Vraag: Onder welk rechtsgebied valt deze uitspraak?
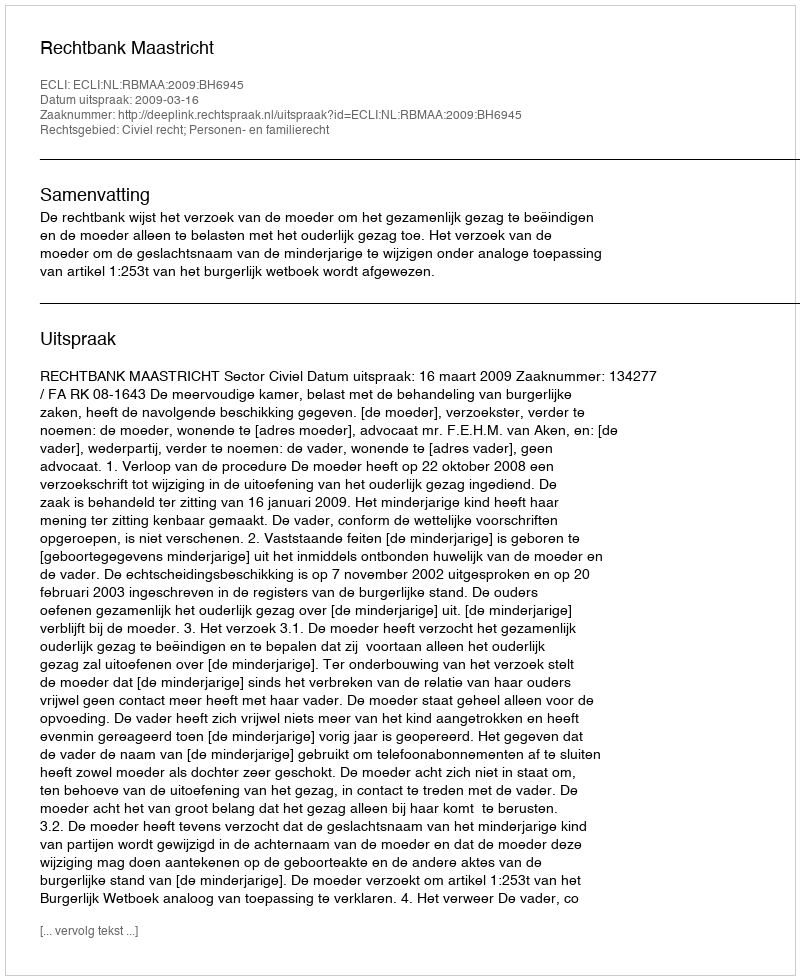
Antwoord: Civiel recht; Personen- en familierecht